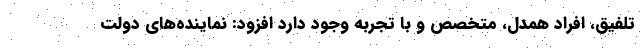
تلفیق، افراد همدل، متخصص و با تجربه وجود دارد افزود: نماینده‌های دولت